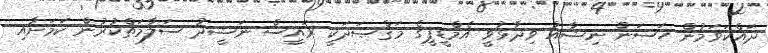
ދައްކަވަމުން ހަސަން ނިޝާއު ވިދާޅުވީ އެމްޑީޕީގެ މަޤްޞަދަކީ ރައީސް ނަޝީދު ސަލާމަތްކުރުން ކަމަށާއި